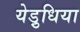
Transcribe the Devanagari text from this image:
येड़ुधिया